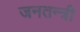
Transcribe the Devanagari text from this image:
जनतन्त्री